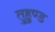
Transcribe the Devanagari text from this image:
तुहुण्ड